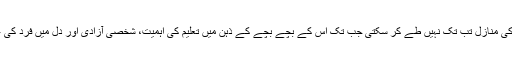
کوئی قوم شعور کی منازل تب تک نہیں طے کر سکتی جب تک اس کے بچے بچے کے ذہن میں تعلیم کی اہمیت، شخصی آزادی اور دل میں فرد کی عزت نہیں ہوگی۔